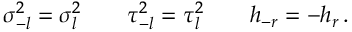
\sigma _ { - l } ^ { 2 } = \sigma _ { l } ^ { 2 } \qquad \tau _ { - l } ^ { 2 } = \tau _ { l } ^ { 2 } \qquad h _ { - r } = - h _ { r } \, .